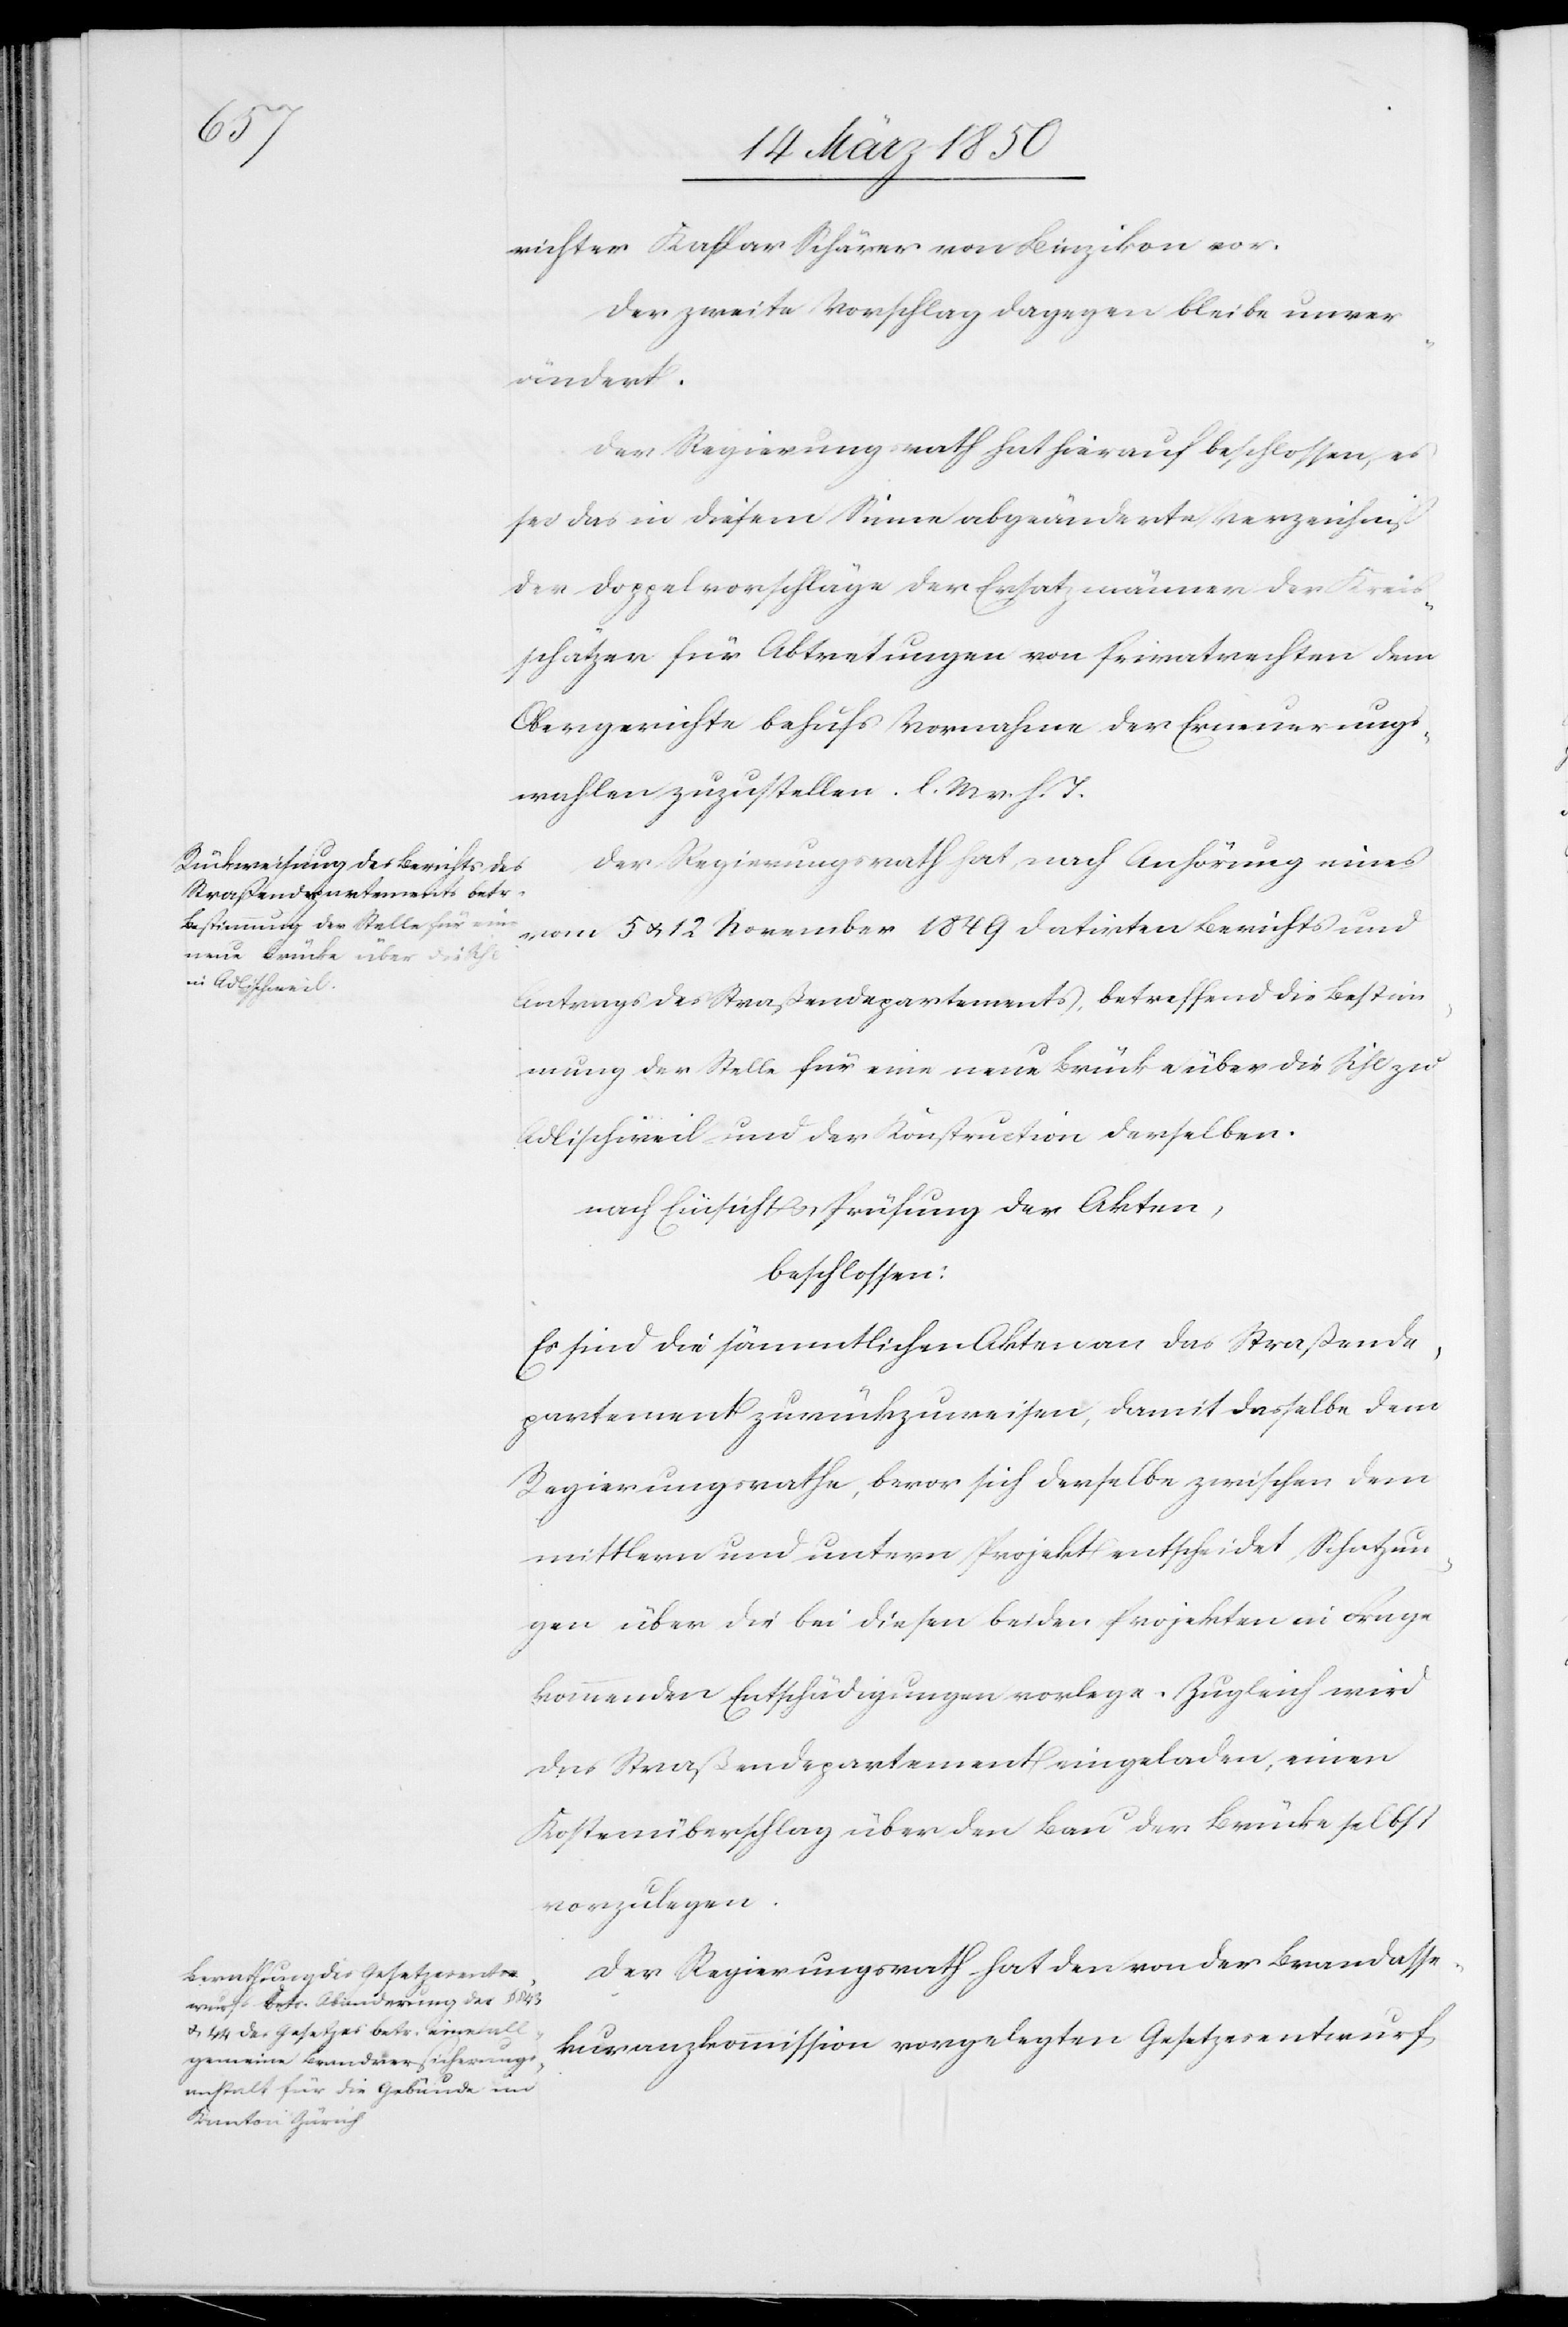
richter Kaspar Schärer von Binzikon vor.
Der zweite Vorschlag dagegen bleibe unver¬
ändert.
Der Regierungsrath hat hierauf beschlossen, es
sei das in diesem Sinne abgeänderte Verzeichniß
der Doppelvorschläge der Ersatzmänner der Kreis¬
schätzer für Abtretungen von Privatrechten dem
Obergerichte behufs Vornahme der Erneuerungs¬
wahlen zuzustellen. l. M. v. h. T.
Der Regierungsrath hat, nach Anhörung eines
vom 5 u. 12 November 1849 datirten Berichts und
Antrags des Straßendepartements, betreffend die Bestim¬
mung der Stelle für eine neue Brücke über die Sihl zu
Adlischweil und der Konstruction derselben.
nach Einsicht u. Prüfung der Akten,
beschlossen:
Es sind die sämmtlichen Akten an das Straßende¬
partement zurückzuweisen, damit dasselbe dem
Regierungsrathe, bevor sich derselbe zwischen dem
mittlern und untern Projekt entscheidet, Schatzun¬
gen über die bei diesen beiden Projekten in Frage
kommenden Entschädigungen vorlege. Zugleich wird
das Straßendepartement eingeladen, einen
Kostenüberschlag über den Bau der Brücke selbst
vorzulegen.
Der Regierungsrath hat den von der Brandasse¬
kuranzkommission vorgelegten Gesetzesentwurf